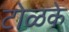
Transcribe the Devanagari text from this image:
टोळके